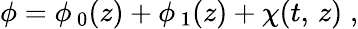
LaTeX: \phi=\phi_{\, 0}(z)+\phi_{\, 1}(z)+\chi(t,\, z)\; ,